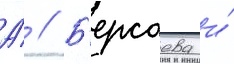
А́ // Б'ерсаева и́